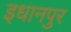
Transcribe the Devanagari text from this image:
इधानपुर